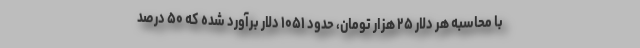
با محاسبه هر دلار ۲۵ هزار تومان، حدود ۱۰۵۱ دلار برآورد شده که ۵۰ درصد